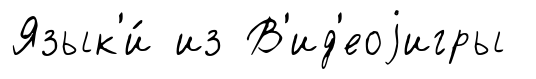
Язык'и́ из В'ид'еоjигры